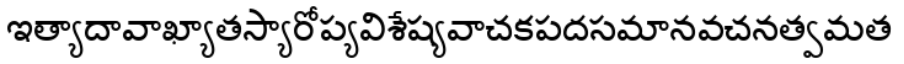
ఇత్యాదావాఖ్యాతస్యారోప్యవిశేష్యవాచకపదసమానవచనత్వమత